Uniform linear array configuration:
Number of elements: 24
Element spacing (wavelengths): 0.5
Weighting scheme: hamming
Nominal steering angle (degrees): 45
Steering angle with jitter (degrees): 44.396
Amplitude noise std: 0.05
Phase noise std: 0.05

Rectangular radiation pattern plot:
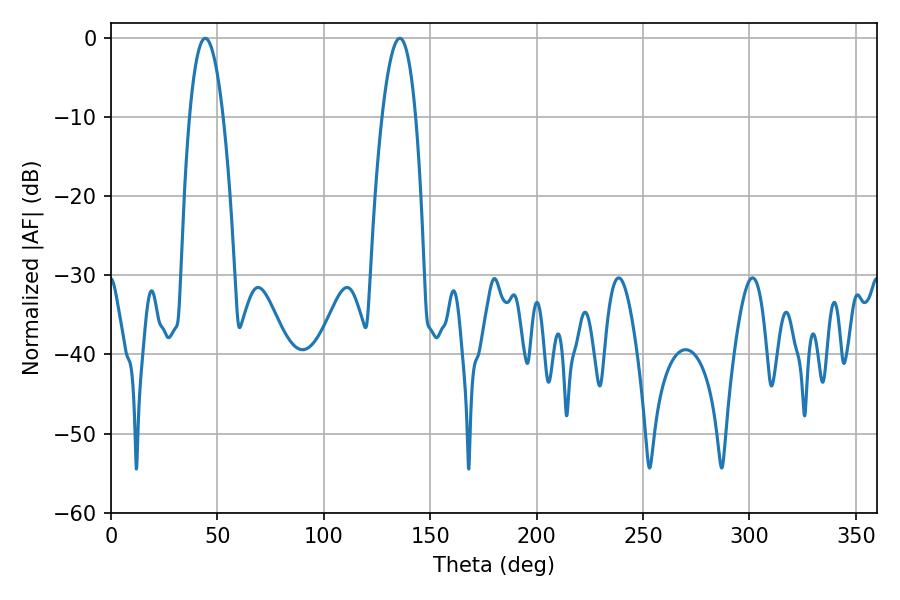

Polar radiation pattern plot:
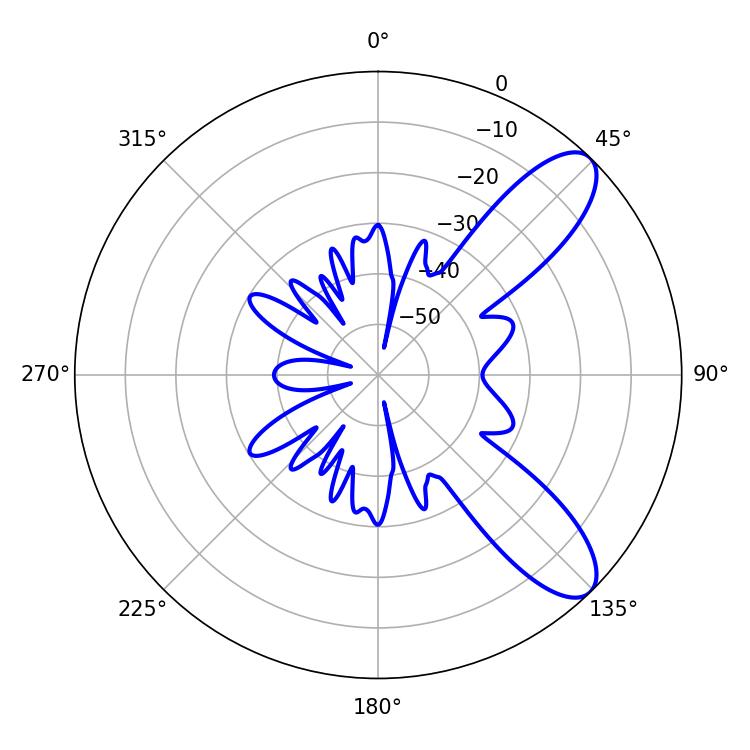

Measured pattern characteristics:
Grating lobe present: FALSE
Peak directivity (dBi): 9.413
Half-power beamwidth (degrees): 8.64
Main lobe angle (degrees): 44.28